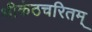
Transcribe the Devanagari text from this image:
श्रीकंठचरितम्